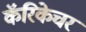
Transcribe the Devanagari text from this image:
कॅरिकेचर